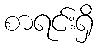
စာရင်းရှိ